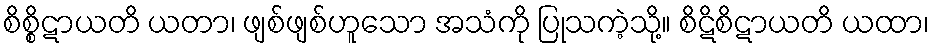
စိစ္စိဋာယတိ ယတာ၊ ဖျစ်ဖျစ်ဟူသော အသံကို ပြုသကဲ့သို့။ စိဋိစိဋာယတိ ယထာ၊